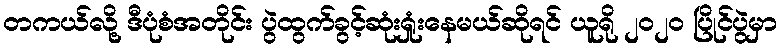
တကယ်လို့ ဒီပုံစံအတိုင်း ပွဲထွက်ခွင့်ဆုံးရှုံးနေမယ်ဆိုရင် ယူရို ၂၀၂၀ ပြိုင်ပွဲမှာ